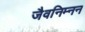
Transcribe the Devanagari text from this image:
जैवनिम्‍नन